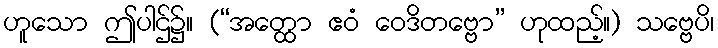
ဟူသော ဤပါဌ်၌။ (“အတ္ထော ဧဝံ ဝေဒိတဗ္ဗော” ဟုထည့်။) သဗ္ဗေပိ၊